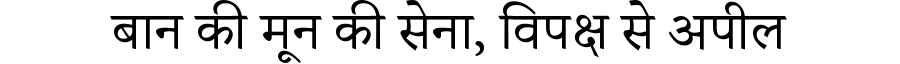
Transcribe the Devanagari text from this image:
बान की मून की सेना, विपक्ष से अपील